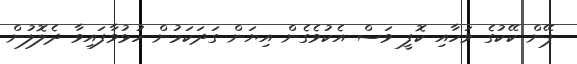
ޕޭން ކޭކުގެ ވަހާއި ކޮފީ ވަސް އެކުވެގެން އިޔަން ގަދަކަމުން ހުޅުވާފައިވާ ދެލޮލުން